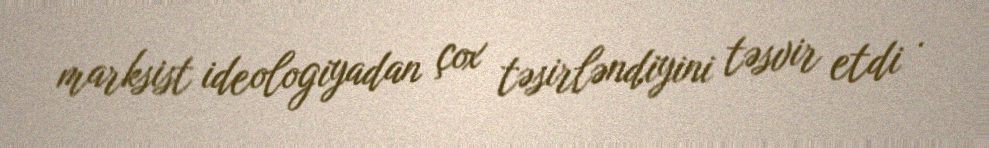
marksist ideologiyadan çox təsirləndiyini təsvir etdi .